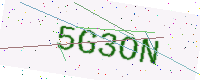
Text: 5G3ON